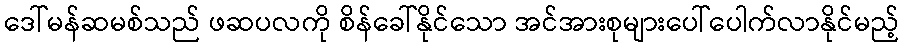
ဒေါ်မန်ဆမစ်သည် ဖဆပလကို စိန်ခေါ်နိုင်သော အင်အားစုများပေါ်ပေါက်လာနိုင်မည့်